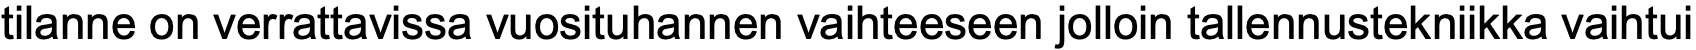
tilanne on verrattavissa vuosituhannen vaihteeseen jolloin tallennustekniikka vaihtui